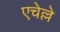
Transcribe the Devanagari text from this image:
एचेल्ले